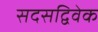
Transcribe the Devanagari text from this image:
सदसद्विवेक